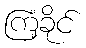
ကြံ့ခိုင်